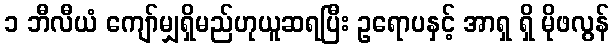
၁ ဘီလီယံ ကျော်မျှရှိမည်ဟုယူဆရပြီး ဥရောပနှင့် အာရှ ရှိ မိုဖလွန်